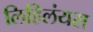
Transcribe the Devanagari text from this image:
लिहिलंयस